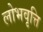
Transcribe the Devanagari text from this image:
लोभवृत्ति